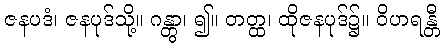
ဇနပဒံ၊ ဇနပုဒ်သို့။ ဂန္တွာ၊ ၍။ တတ္ထ၊ ထိုဇနပုဒ်၌။ ဝိဟရန္တီ